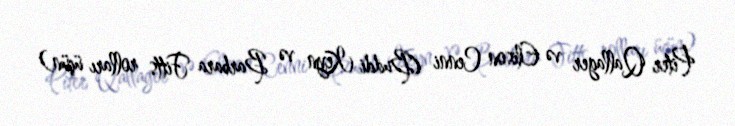
Piter Qallager və Elison Cenni (Buddi Keyn və Barbara Fitts rolları üçün)